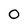
Character: 0